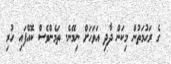
ގެ ރަޙުމަތުން މިކަން ދާދި އަވަހަށް ނިމޭނެ. ތަމެންވެސް ކޮއްފައި ހުރި